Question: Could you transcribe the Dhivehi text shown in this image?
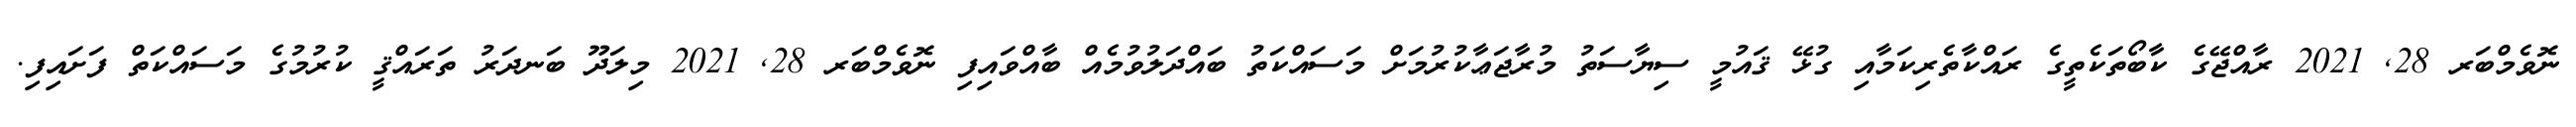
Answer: ނޮވެމްބަރ 28, 2021 ރާއްޖޭގެ ކާބޯތަކެތީގެ ރައްކާތެރިކަމާއި ގުޅޭ ޤައުމީ ސިޔާސަތު މުރާޖަޢާކުރުމަށް މަސައްކަތު ބައްދަލުވުމެއް ބާއްވައިފި ނޮވެމްބަރ 28, 2021 މިލަދޫ ބަނދަރު ތަރައްޤީ ކުރުމުގެ މަސައްކަތް ފަށައިފި.